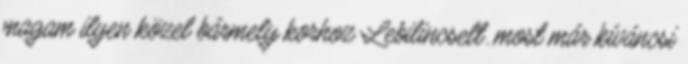
magam ilyen közel bármely korhoz Lebilincselt. most már kíváncsi